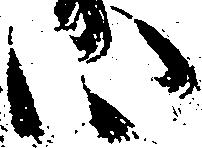
い